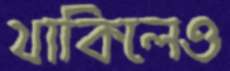
থাকিলেও